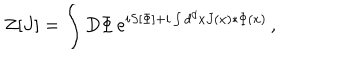
Z [ J ] = \int D \Phi \, e ^ { i S [ \Phi ] + i \int d ^ { d } x J ( x ) * \Phi ( x ) } \, ,